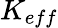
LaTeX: K_{eff}